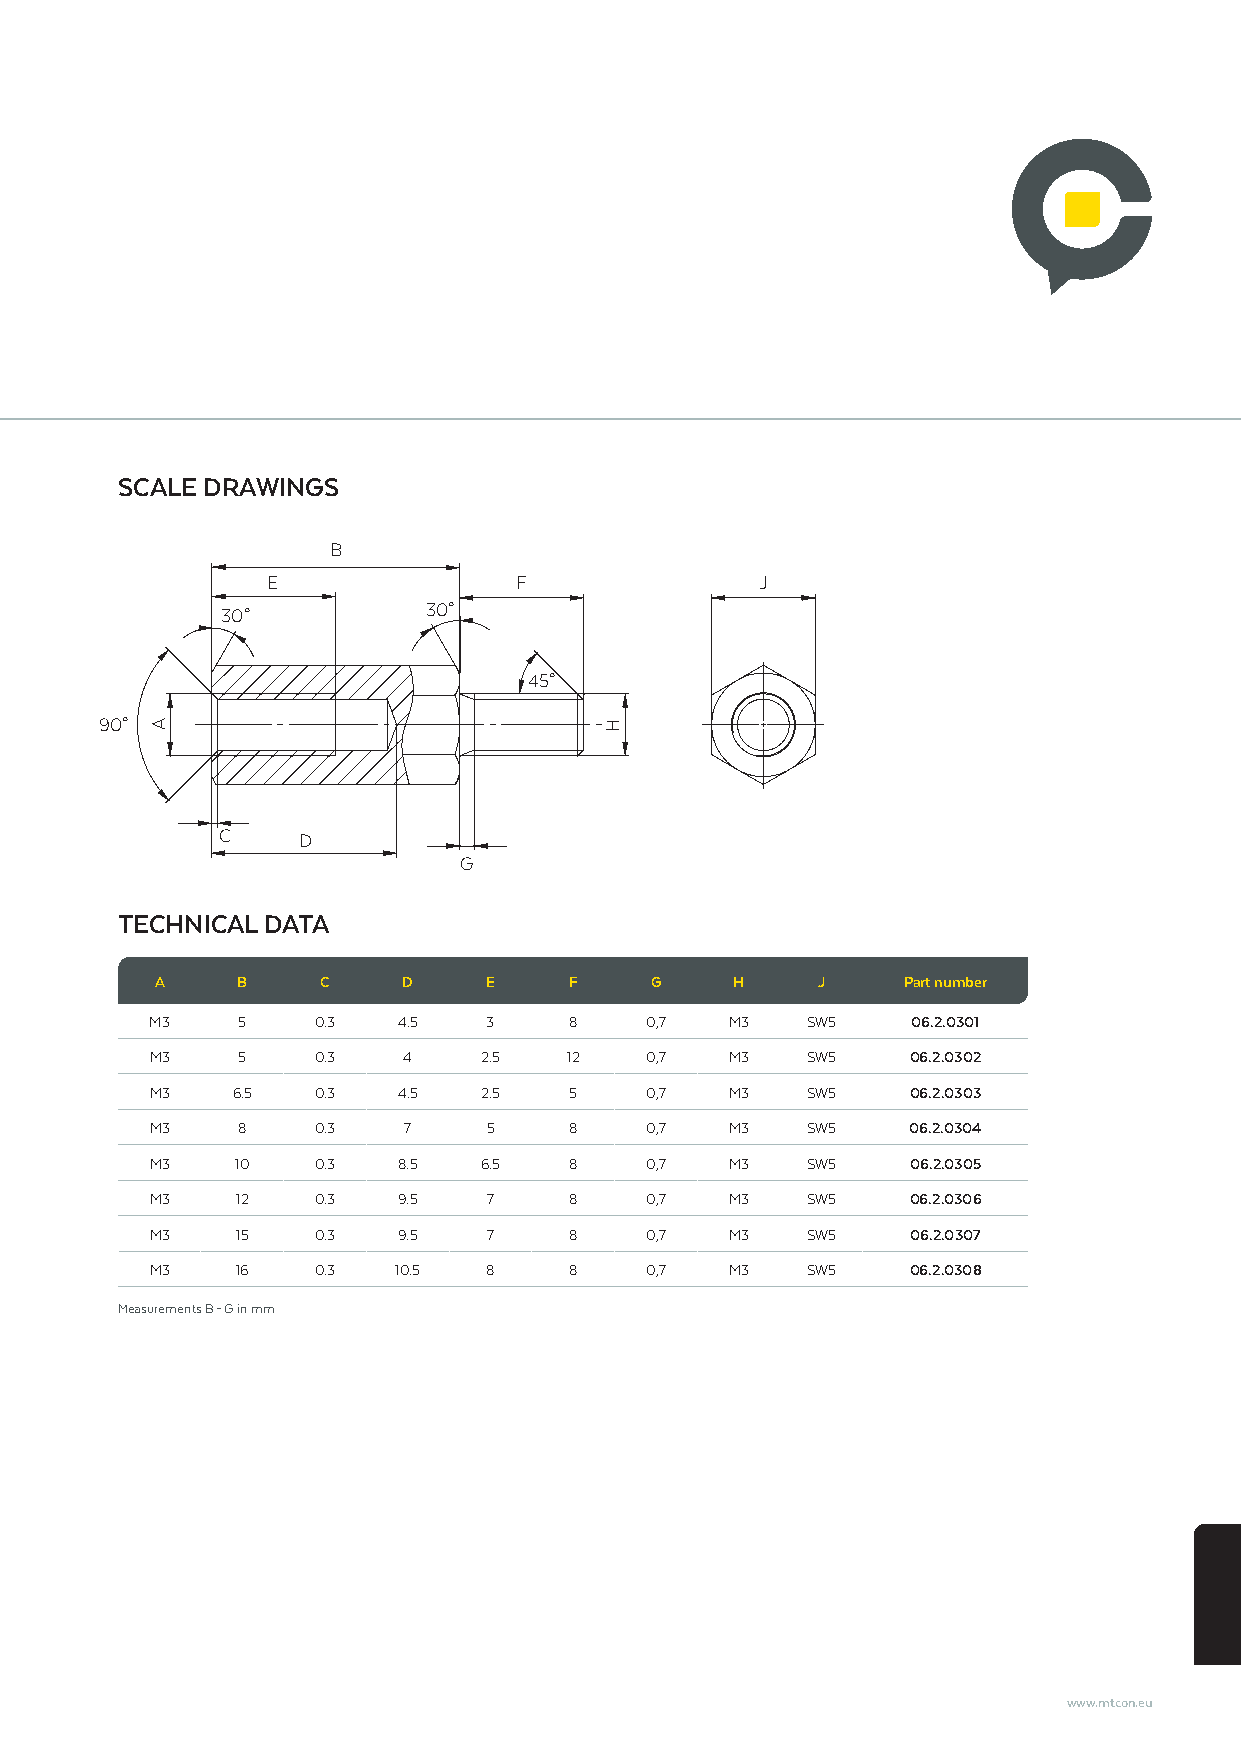
SCALE DRAWINGS
 B
 E               F               J
 30°          30°
 45°
 90°
 C     D
 G
 TECHNICAL DATA
 A     B    C     D    E     F    G     H    J     Part number
 M3    5    0.3  4.5   3     8    0,7  M3   SW5    06.2.0301
 M3    5    0.3   4    2.5   12   0,7  M3   SW5    06.2.0302
 M3   6.5   0.3  4.5   2.5   5    0,7  M3   SW5    06.2.0303
 M3    8    0.3   7    5     8    0,7  M3   SW5    06.2.0304
 M3    10   0.3  8.5   6.5   8    0,7  M3   SW5    06.2.0305
 M3    12   0.3  9.5   7     8    0,7  M3   SW5    06.2.0306
 M3    15   0.3  9.5   7     8    0,7  M3   SW5    06.2.0307
 M3    16   0.3  10.5  8     8    0,7  M3   SW5    06.2.0308
 Measurements B – G in mm
 www.mtcon.eu
 A                             H